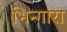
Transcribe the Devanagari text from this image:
भिन्गारा